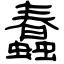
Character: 蠢